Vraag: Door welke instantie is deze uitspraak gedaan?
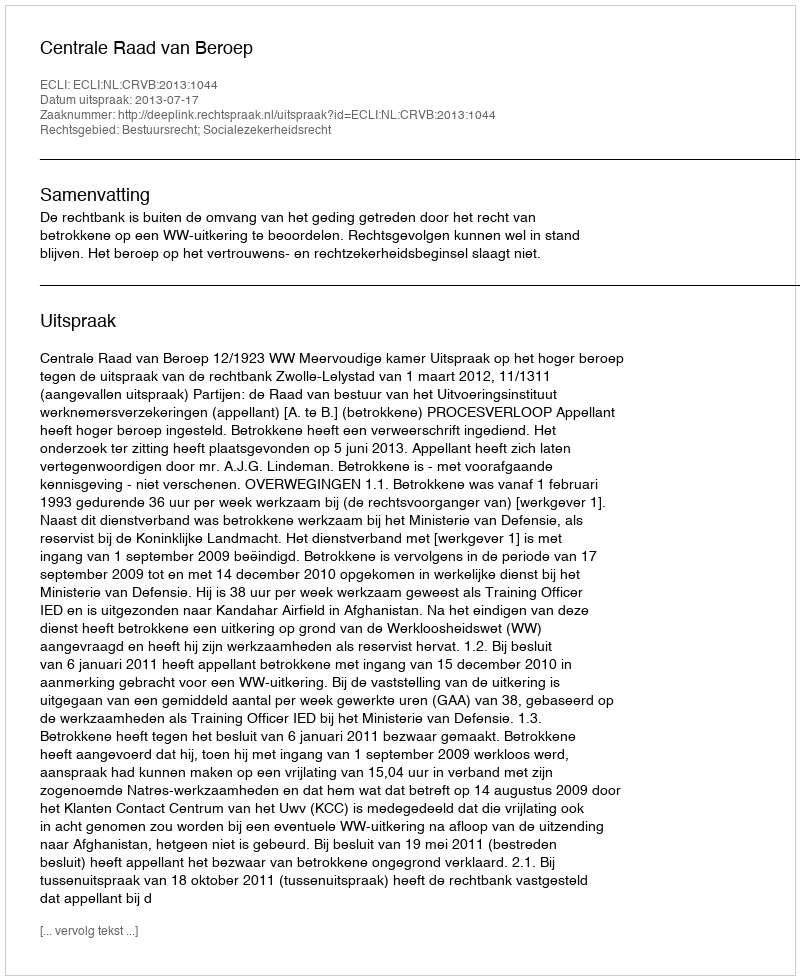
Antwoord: Centrale Raad van Beroep